system: You are a helpful assistant.
user:
Analyze the provided spectrum to determine if it is a **"Cataclysmic Variables (CV)"**.

- **Key Indicators for CV (Check for either state):**
    - **State 1: Quiescent / Low-State (Emission-Dominated)**
        - **(Primary):** Strong and *very broad* Hydrogen Balmer emission lines (e.g., $H\alpha$ at 6563 Å, $H\beta$ at 4861 Å). The 'broadness' (high velocity dispersion, often FWHM > 1000 km/s) is the key diagnostic, indicating a high-velocity accretion disk.
        - **(Secondary):** Broad neutral Helium (He I) emission lines (e.g., 5876 Å, 6678 Å).
        - **(Key Confirmation):** Presence of high-excitation *ionized* Helium (He II) emission at 4686 Å. This is a strong indicator of accretion onto a white dwarf.
        - **(Line Profile):** Emission lines may exhibit a 'double-peaked' profile, which is a classic signature of a rotating accretion disk viewed at high inclination.

    - **State 2: Outburst / High-State (Absorption-Dominated)**
        - **(Primary):** Spectrum is dominated by a bright, blue continuum (looks like a hot star).
        - **(Secondary):** The emission lines from State 1 are weak, absent, or 'filled in', and are replaced by broad, shallow *absorption* lines (primarily Balmer and He I).
        - **(Morphology):** The overall spectrum mimics a hot B/A-type star. The crucial difference is that the absorption lines are significantly broader, shallower, and more 'washed-out' (or 'smeared') than the sharp lines of a normal stellar photosphere, due to high rotational speeds and pressure broadening in the disk.

Think first, call **spectral_visualization_tool** if needed to examine features in detail, then provide your final answer. Your response must adhere to the following strict rules:
1.  **Overall Structure:** Your response must follow the format `<think>...</think> <tool_call>...</tool_call> (if a tool is used) <answer>...</answer>`.
2.  **Tool Usage Constraint:** You may only make **one** tool call per turn.
3.  **Final Answer Format:** In the `<answer>` tag, your conclusion must be inside a `\boxed{}` command (e.g., `\boxed{YES}`), followed by your justification.

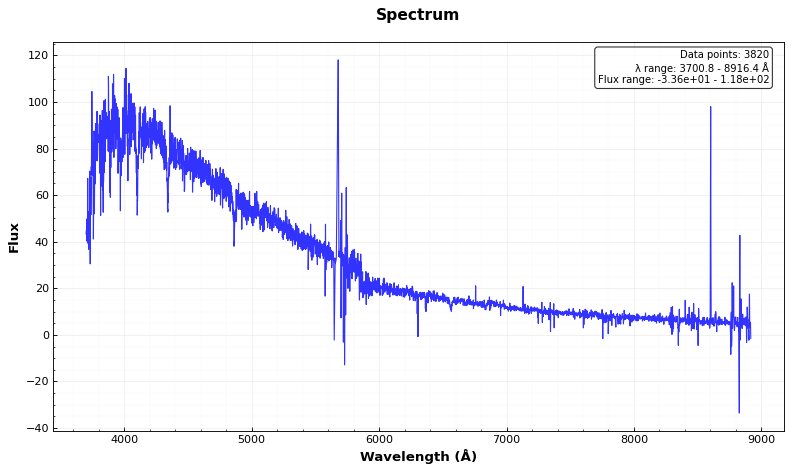
Answer: NO